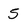
Character: 5